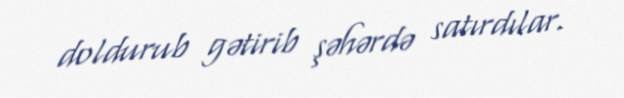
doldurub gətirib şəhərdə satırdılar.